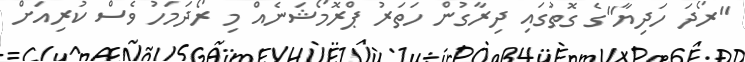
"ރޯދަ ހަދިޔާ"ގެ ގޮތުގައި ދިރާގުން ހަތަރު ޕްރޮމޯޝަނެއް މި ރޯދަމަހު ވެސް ކުރިއަށް